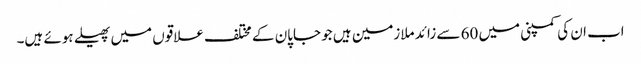
اب ان کی کمپنی میں 60 سے زائد ملازمین ہیں جو جاپان کے مختلف علاقوں میں پھیلے ہوئے ہیں۔